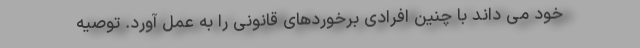
خود می داند با چنین افرادی برخوردهای قانونی را به عمل آورد. توصیه